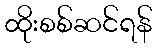
ထိုးစစ်ဆင်ရန်